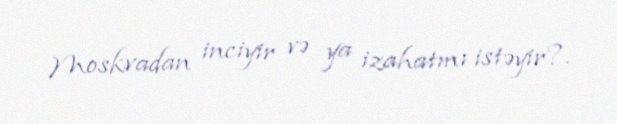
Moskvadan inciyir və ya izahatmı istəyir?.